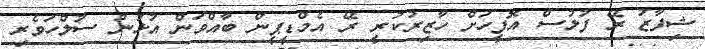
ޝިފާޒު ރޭ ފުލުސް އޮފީހަށް ހާޒިރުކުރީ ރޭ އެމްޑީޕީން ބާއްވަން އުޅުނު ސުލްހަވެރި